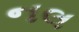
નલ